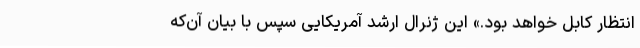
انتظار کابل خواهد بود.» این ژنرال ارشد آمریکایی سپس با بیان آن‌که